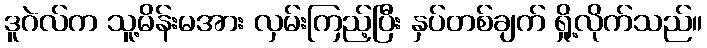
ဒူဂဲလ်က သူ့မိန်းမအား လှမ်းကြည့်ပြီး နှပ်တစ်ချက် ရှို့လိုက်သည်။